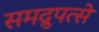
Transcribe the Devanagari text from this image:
समद्रुपत्से